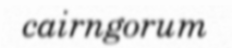
cairngorum